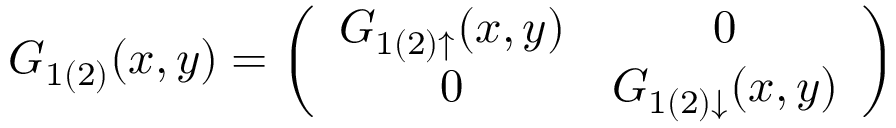
G _ { 1 ( 2 ) } ( x , y ) = \left( \begin{array} { c c } { { G _ { 1 ( 2 ) \uparrow } ( x , y ) } } & { { 0 \nonumber } } \\ { { 0 } } & { { G _ { 1 ( 2 ) \downarrow } ( x , y ) } } \end{array} \right)